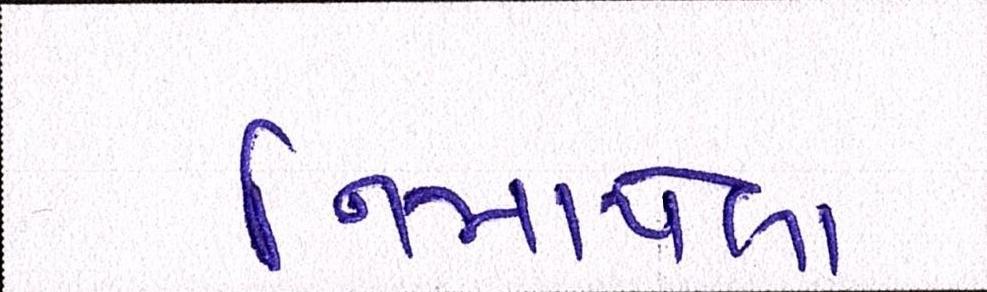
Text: નિમાયેલા